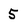
Character: 5